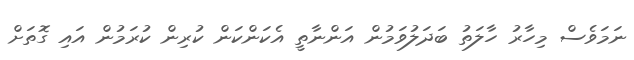
ނަމަވެސް މިހާރު ހާލަތު ބަދަލުވަމުން އަންނާތީ އެކަންކަން ކުރިން ކުރަމުން އައި ގޮތަށް